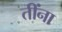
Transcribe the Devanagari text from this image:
तींना